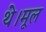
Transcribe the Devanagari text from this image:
थे।मूल